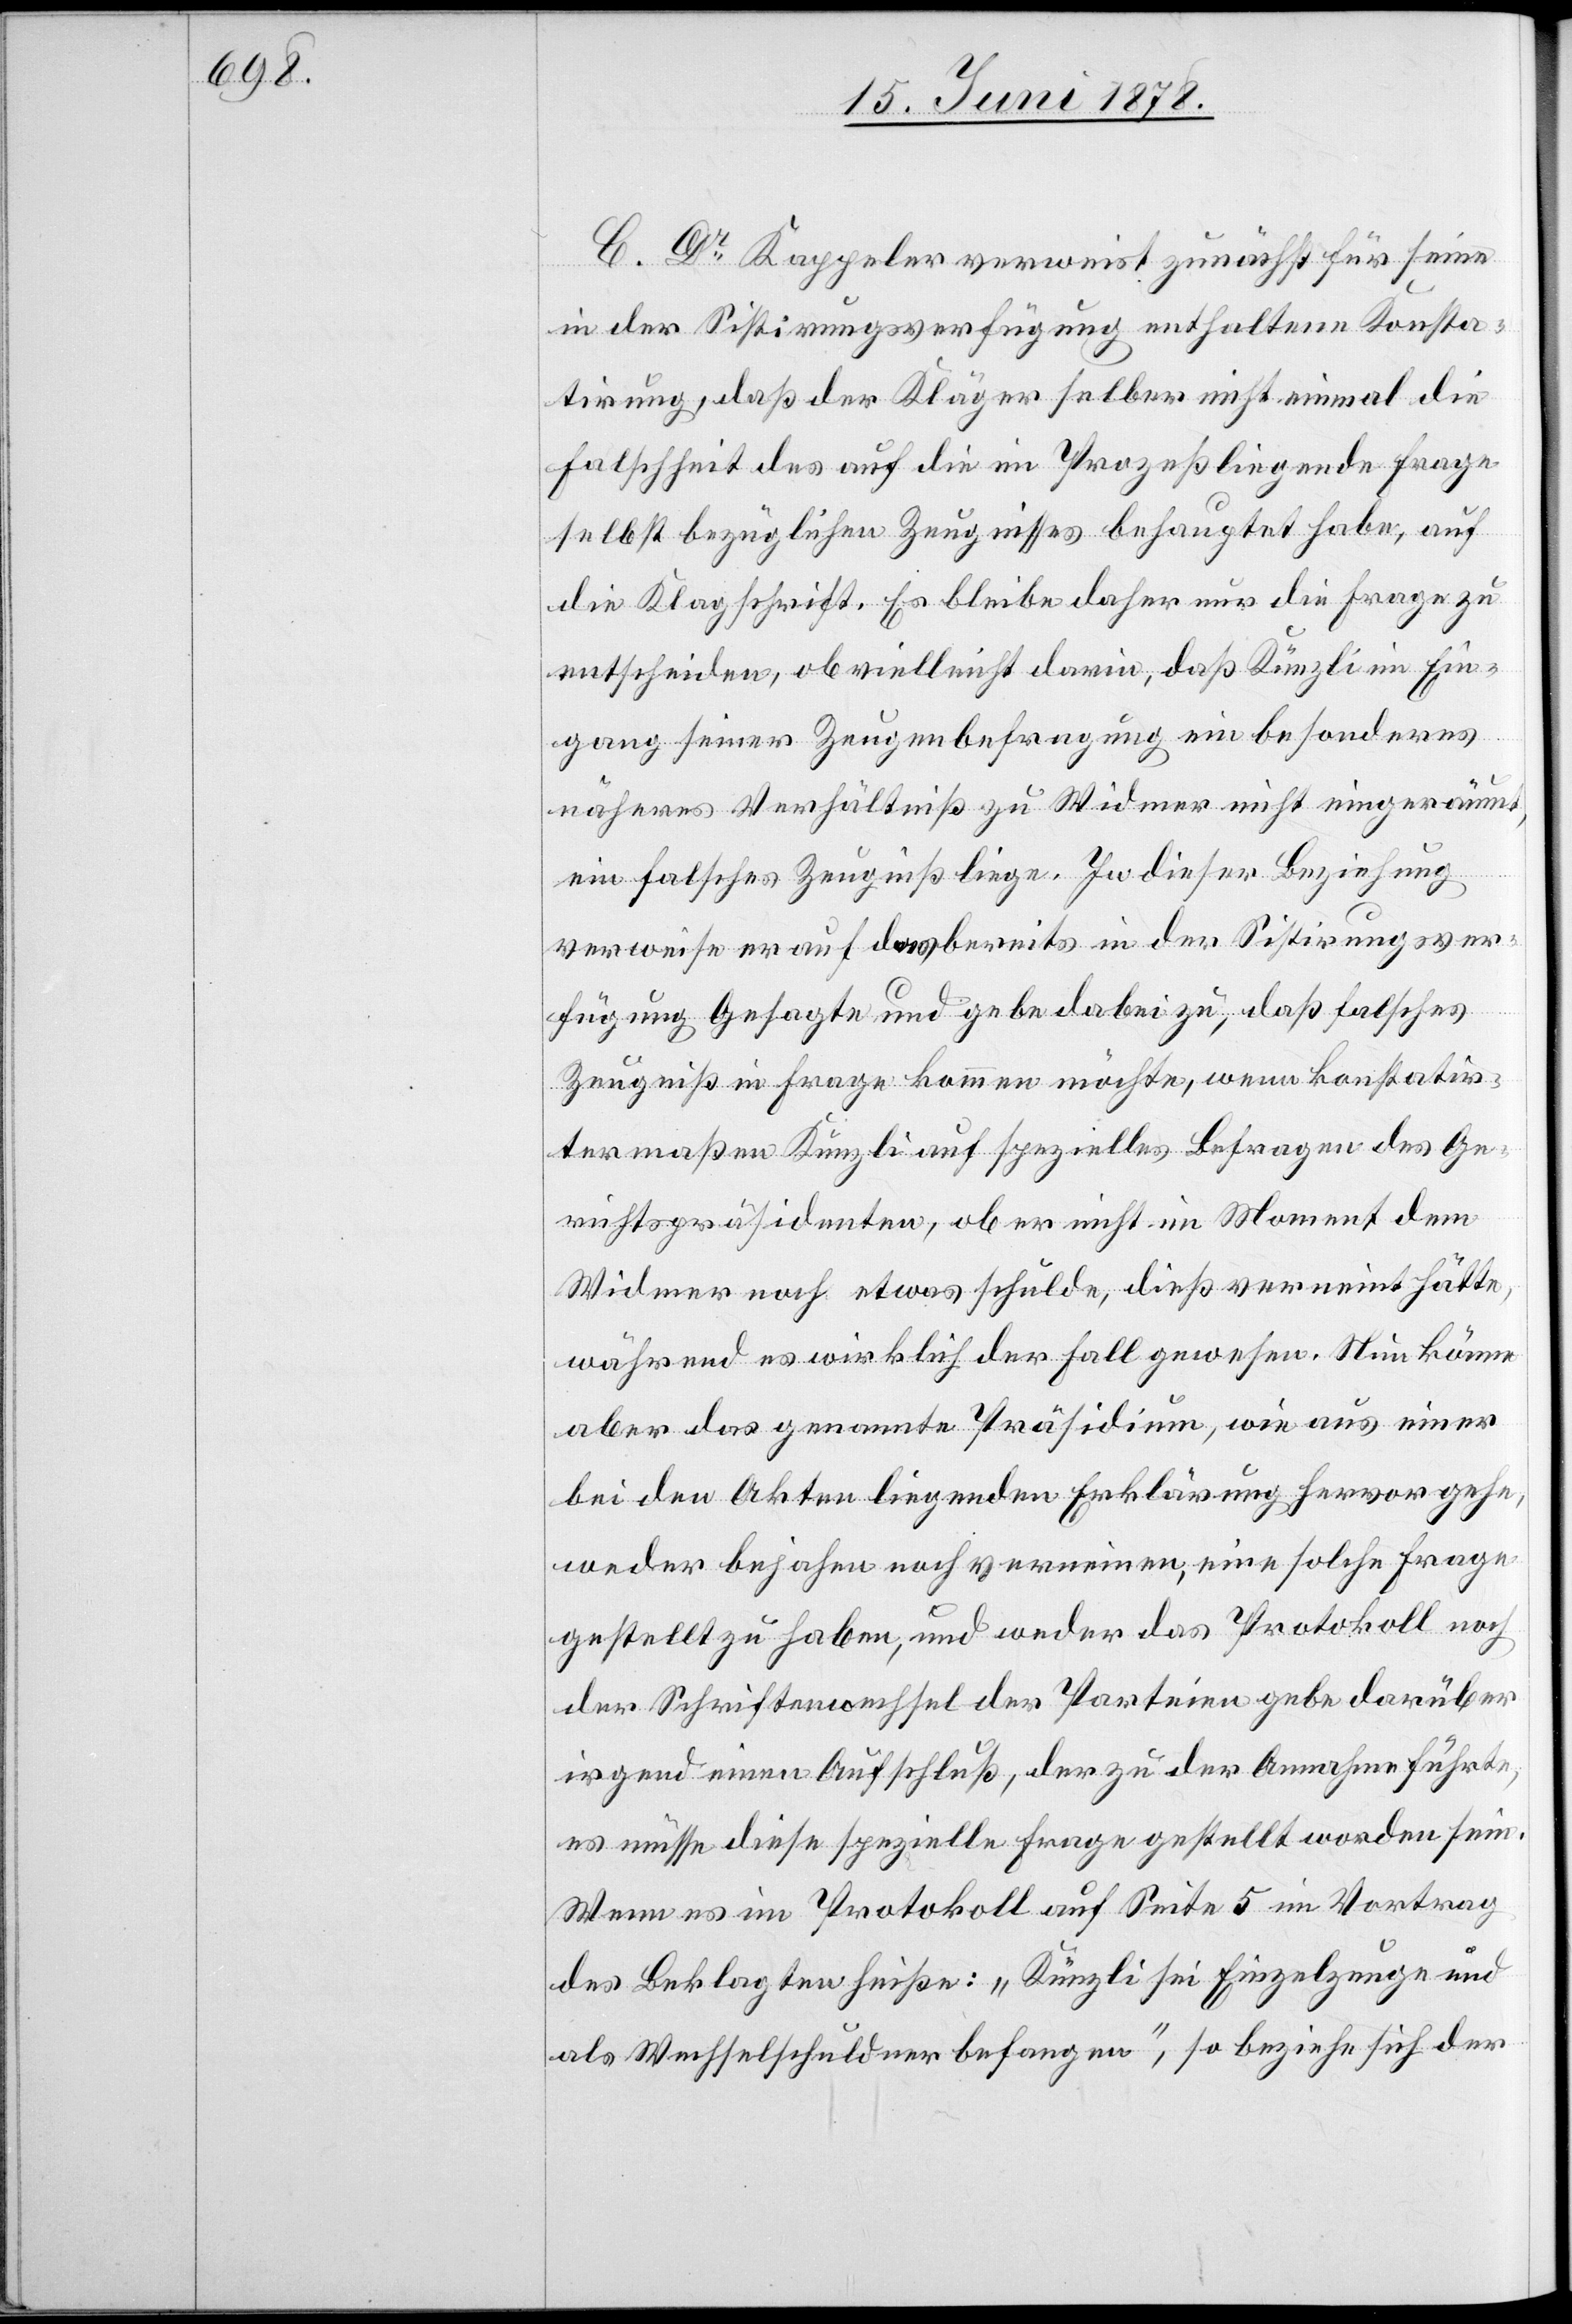
C. Dr Kappeler verweist zunächst für seine
in der Sistirungsverfügung enthaltene Konsta¬
tirung, daß der Kläger selber nicht einmal die
Falschheit des auf die im Prozeß liegende Frage
selbst bezüglichen Zeugnisses behauptet habe, auf
die Klagschrift. Es bleibe daher nur die Frage zu
entscheiden, ob vielleicht darin, daß Künzli im Ein¬
gang seiner Zeugenbefragung ein besonderes
näheres Verhältniß zu Widmer nicht eingeräumt,
ein falsches Zeugniß liege. In dieser Beziehung
verweise er auf das bereits in der Sistirungsver¬
fügung Gesagte und gebe dabei zu, daß falsches
Zeugniß in Frage kommen möchte, wenn konstatir¬
ter maßen Künzli auf spezielles Befragen des Ge¬
richtspräsidenten, ob er nicht im Moment dem
Widmer noch etwas schulde, dieß verneint hätte,
während es wirklich der Fall gewesen. Nun könne
aber das genannte Präsidium, wie aus einer
bei den Akten liegenden Erklärung hervorgehe,
weder bejahen noch verneinen, eine solche Frage
gestellt zu haben, und weder das Protokoll noch
der Schriftenwechsel der Parteien gebe darüber
irgend einen Aufschluß, der zu der Annahme führte,
es müsse diese spezielle Frage gestellt worden sein.
Wenn es im Protokoll auf Seite 5 im Vortrag
des Beklagten heiße: „Künzli sei Einzelzeuge und
als Wechselschuldner befangen“, so beziehe sich der